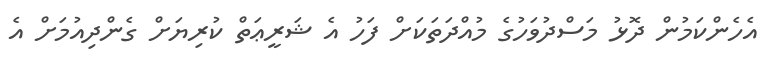
އެހެންކަމުން ދޮޅު މަސްދުވަހުގެ މުއްދަތަކަށް ފަހު އެ ޝަރީޢަތް ކުރިޔަށް ގެންދިއުމަށް އެ